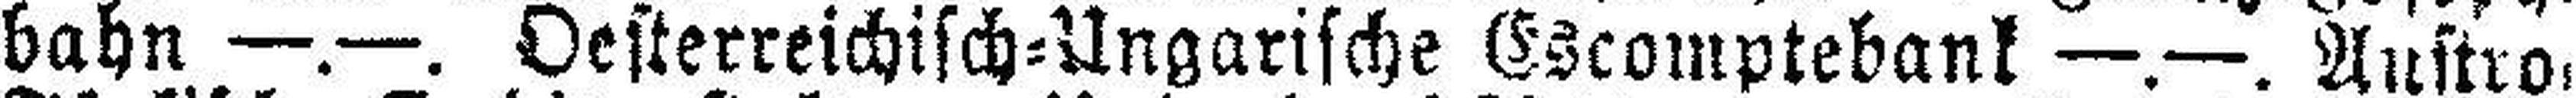
bahn —.—. Oesterreichisch=Ungarische Escomptebank —.—. Austro=